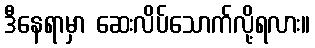
ဒီနေရာမှာ ဆေးလိပ်သောက်လို့ရလား။